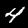
Digit: 4